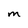
Character: M